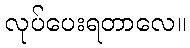
လုပ်ပေးရတာလေ။